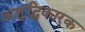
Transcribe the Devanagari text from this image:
अशुद्धिकारक